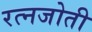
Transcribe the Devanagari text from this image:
रत्नजोती